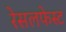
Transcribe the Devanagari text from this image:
रेसलफेस्ट